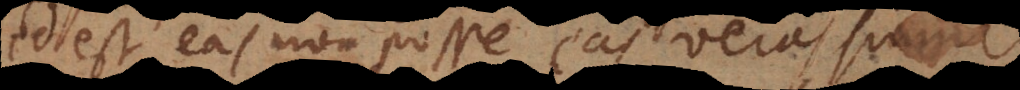
id est eas non posse [esse] veras simul.